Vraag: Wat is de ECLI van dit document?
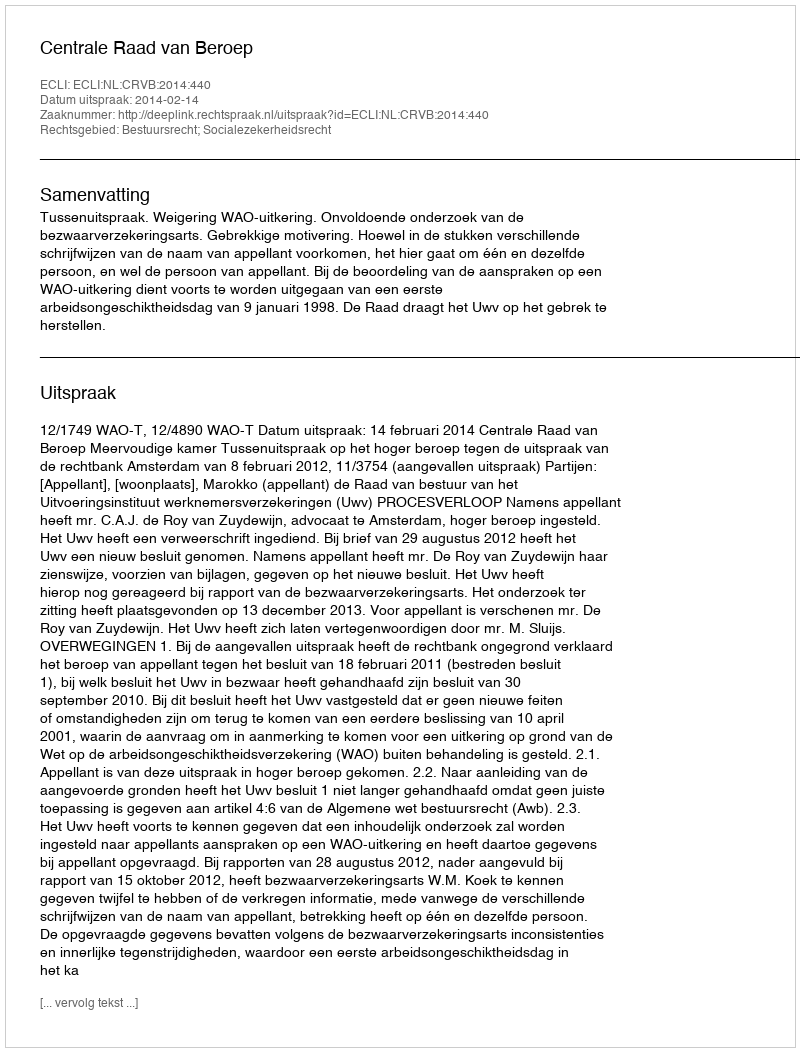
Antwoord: ECLI:NL:CRVB:2014:440